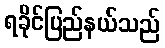
ရခိုင်ပြည်နယ်သည်